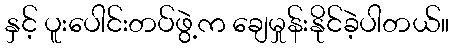
နှင့် ပူးပေါင်းတပ်ဖွဲ့က ချေမှုန်းနိုင်ခဲ့ပါတယ်။